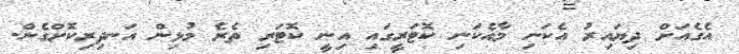
އެގެއަށް ދިޔައިރު އެކަނި މާއެކަނި ކޮޓަރީގައި އިނީ ކޮޓަރި ތެރެ މުޅިން އަނދިރިކޮށްގެން.